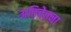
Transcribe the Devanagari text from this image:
अतिचेतना